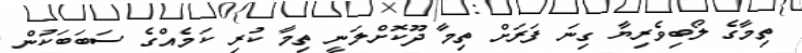
ތިމާގެ ލޯބިވެރިޔާ ގިނަ ފަރަށް ތިމާ ދޫކޮށްލަނީ ތިމާ ކުރި ކަމެއްގެ ސަބަބަކުން